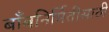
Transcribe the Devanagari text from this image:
बाँबनिर्मितीसाठी